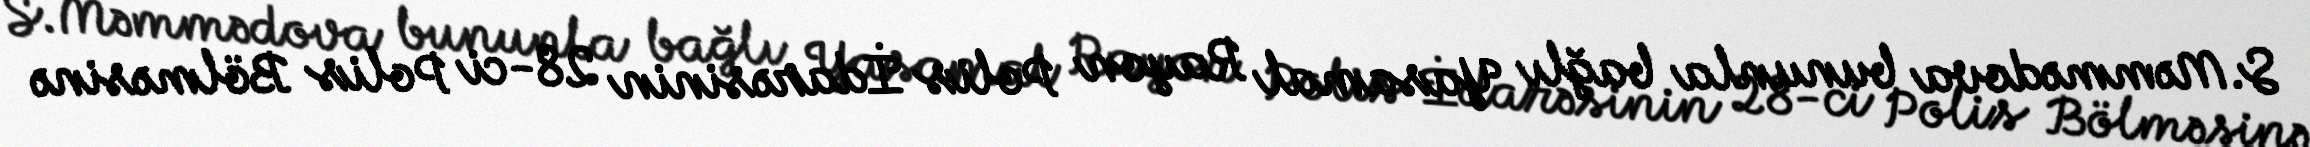
S.Məmmədova bununla bağlı Yasamal Rayon Polis İdarəsinin 28-ci Polis Bölməsinə